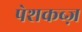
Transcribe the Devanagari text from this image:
पेशकब्ज़